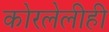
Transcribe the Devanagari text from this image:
कोरलेलीही